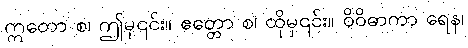
ဣတော စ၊ ဤမှ၎င်း။ ဧတ္တော စ၊ ထိုမှ၎င်း။ ဝိဝိဓာကာ ရေန၊